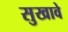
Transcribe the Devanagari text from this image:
सुखावे